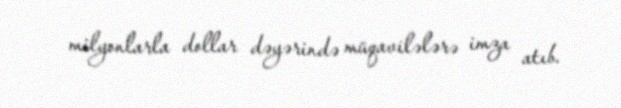
milyonlarla dollar dəyərində müqavilələrə imza atıb.